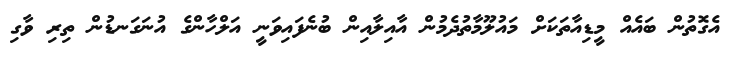
އެގޮތުން ބައެއް މީޑިއާތަކަށް މައުލޫމާތުދެމުން އާއިލާއިން ބުނެފައިވަނީ އަލްހާންގެ އުނަގަނޑުން ތިރި ވާގި